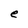
Character: e